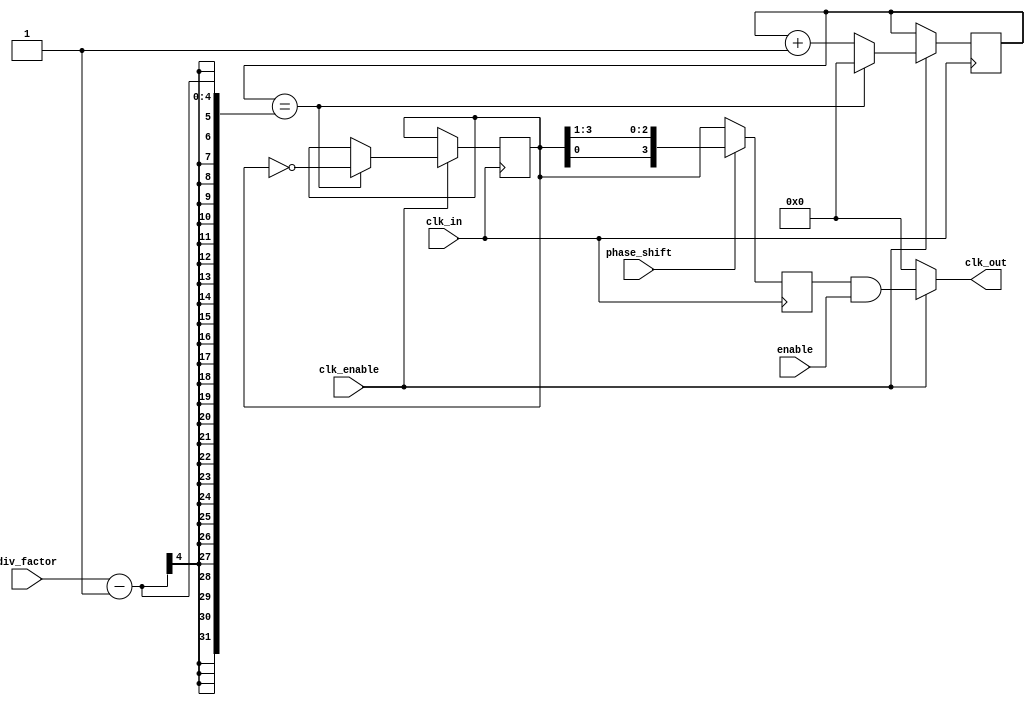
module ProgrammableClockBuffer (
    input wire clk_in,              // Input clock signal
    input wire [3:0] div_factor,    // Division factor for clock division
    input wire phase_shift,          // Phase shift control (simple 1-bit for demo)
    input wire [3:0] enable,         // Enable signals for multiple outputs
    input wire clk_enable,           // Global enable for the clock buffer
    output reg [3:0] clk_out         // Multiple clock outputs
);

    reg [3:0] clk_div;               // Divided clock signals
    reg [3:0] clk_shifted;           // Shifted clock signals
    reg [3:0] clk_temp;              // Temporary clock signal for processing
    reg [3:0] counter;               // Counter for clock division

    // Clock division logic
    always @(posedge clk_in) begin
        if (clk_enable) begin
            if (counter == div_factor - 1) begin
                clk_div <= ~clk_div; // Toggle output clock
                counter <= 0;        // Reset counter
            end else begin
                counter <= counter + 1; // Increment counter
            end
        end
    end

    // Phase adjustment logic
    always @(posedge clk_in) begin
        if (phase_shift) begin
            clk_shifted <= {clk_div[0], clk_div[3:1]}; // Simple phase shift example
        end else begin
            clk_shifted <= clk_div; // No phase shift
        end
    end

    // Output driver logic
    always @(*) begin
        clk_temp = 4'b0000; // Default output state
        if (clk_enable) begin
            clk_temp = clk_shifted & enable; // AND with enable signals
        end
    end

    // Drive the output clocks
    always @(*) begin
        clk_out = clk_temp; // Assign the processed clock to output
    end

endmodule